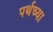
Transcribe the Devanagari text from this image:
पर्थच्या